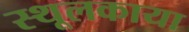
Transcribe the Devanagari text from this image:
स्थूलकाया